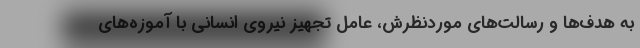
به هدف‌ها و رسالت‌های موردنظرش، عامل تجهیز نیروی انسانی با آموزه‌های